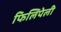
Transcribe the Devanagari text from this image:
फिलिपेली